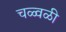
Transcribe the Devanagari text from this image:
चळ्वळी